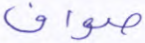
صواف